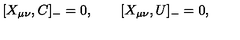
[ X _ { \mu \nu } , C ] _ { - } = 0 , \qquad [ X _ { \mu \nu } , U ] _ { - } = 0 ,